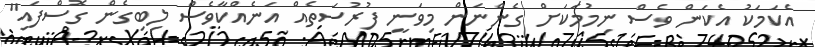
އެކަމަކު އެކަން ވެސް ނިމުމަކަށް ގެންނަން މިވަނީ ފުރުސަތެއް އަނެއްކާވެސް ލިބިގެން ގޮސްފައި"